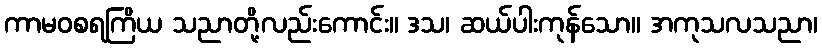
ကာမဝစရကြိယ သညာတို့လည်းကောင်း။ ဒသ၊ ဆယ်ပါးကုန်သော။ အကုသလသညာ၊